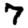
Digit: 7